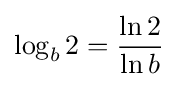
\log _{b}2={\frac {\ln 2}{\ln b}}